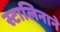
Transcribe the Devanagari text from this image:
स्टालिनाने